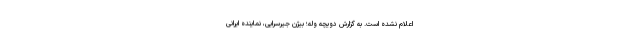
اعلام نشده است. به گزارش دویچه وله؛ بیژن جیرسرایی، نماینده ایرانی